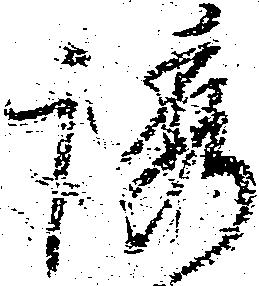
誘